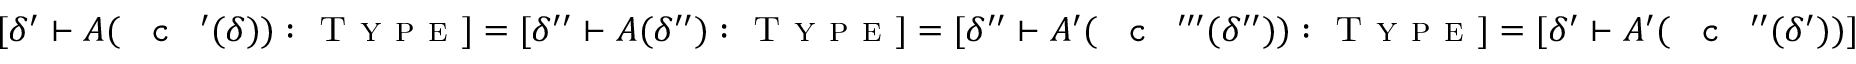
[ \delta ^ { \prime } \vdash A ( \textnormal { \texttt { c } } ^ { \prime } ( \delta ) ) : \textsc { T y p e } ] = [ \delta ^ { \prime \prime } \vdash A ( \delta ^ { \prime \prime } ) : \textsc { T y p e } ] = [ \delta ^ { \prime \prime } \vdash A ^ { \prime } ( \textnormal { \texttt { c } } ^ { \prime \prime \prime } ( \delta ^ { \prime \prime } ) ) : \textsc { T y p e } ] = [ \delta ^ { \prime } \vdash A ^ { \prime } ( \textnormal { \texttt { c } } ^ { \prime \prime } ( \delta ^ { \prime } ) ) ]